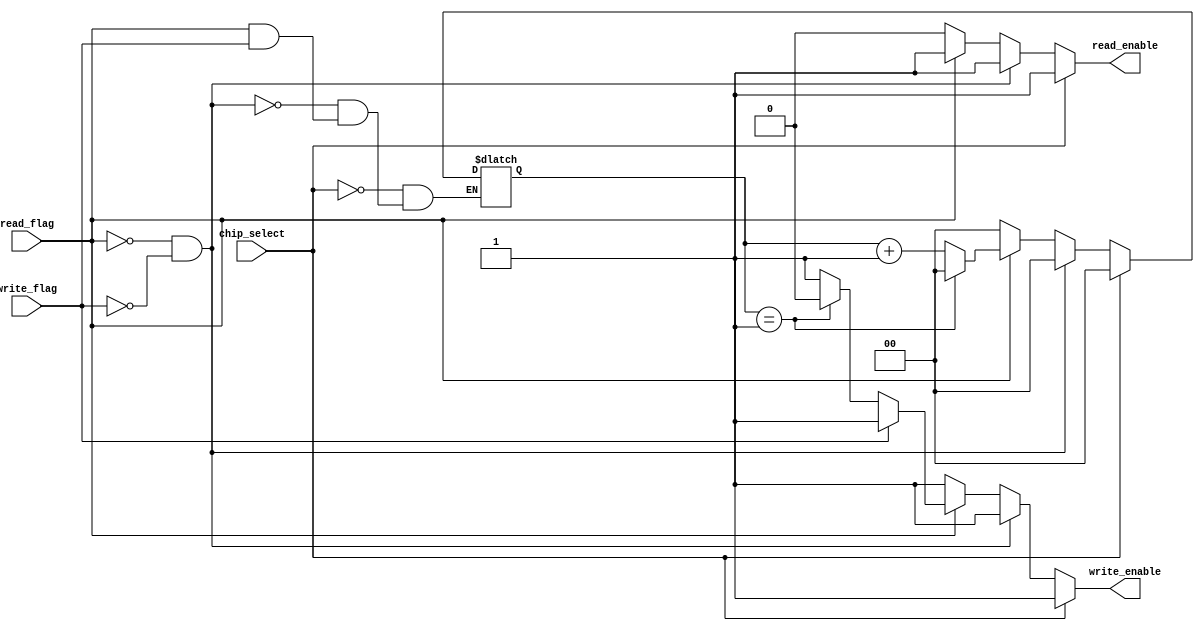
module Read_Write_Logic(
    output reg read_enable,
    output reg write_enable,
    input chip_select,
    input read_flag,
    input write_flag
);


    reg [1:0] count = 2'b00;
  initial begin
    read_enable =1;
    write_enable =1;
  end

  always @( chip_select , read_flag, write_flag) begin
       
         if (~chip_select) begin
           if(~read_flag & ~write_flag) begin 
           	    read_enable <= 1'b1;
                write_enable <=1'b1;
             	count <= 2'b00;
           end
            // Check for read operation
           else if ( ~ read_flag) begin
                read_enable <= 1'b0;
             	write_enable <=1'b1;
             	count <= 2'b00;
            end
            // Check for write operation
           else if (~ write_flag) begin
             read_enable <= 1'b1;
                // Write operation happens after two bytes of low signal
             if (count == 2'b01) begin
               		write_enable <= 1'b0;
               		read_enable <=1'b1;
                    count <= 2'b00;
                end 
             else begin
                    count <= count + 1;
               		write_enable <= 1'b1;
               		read_enable <=1'b1;
                end
            end
            
           else begin 
           		read_enable <= 1'b1;
                write_enable <=1'b1;
           end
        end
    	else begin 
                 // To avoid read and write operations hapenning at set CS
                read_enable <= 1'b1;
                write_enable <=1'b1;
          		count <=2'b00;
        end
    end

endmodule